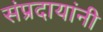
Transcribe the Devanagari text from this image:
संप्रदायांनी